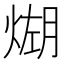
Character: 𪹆